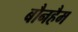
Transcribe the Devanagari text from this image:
बौनहैम